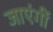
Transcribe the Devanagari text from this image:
जाएंगीं